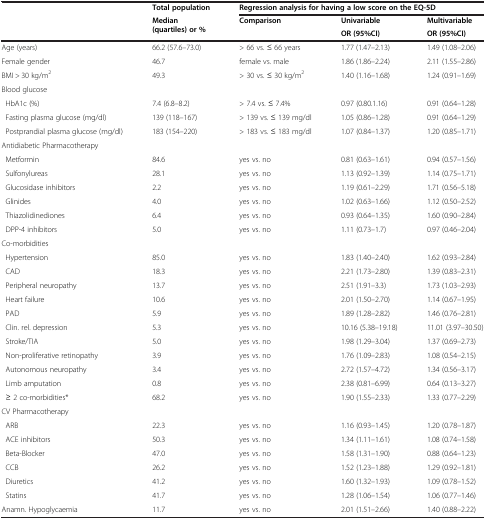
<table><thead><tr><td><b> </b></td><td><b>Total population</b></td><td colspan="3"><b>Regression analysis for having a low score on the EQ-5D</b></td></tr><tr><td><b> </b></td><td><b>Median (quartiles) or %</b></td><td><b>Comparison</b></td><td><b>Univariable</b></td><td><b>Multivariable</b></td></tr><tr><td><b> </b></td><td><b> </b></td><td><b> </b></td><td><b>OR (95%CI)</b></td><td><b>OR (95%CI)</b></td></tr></thead><tbody><tr><td>Age (years)</td><td>66.2 (57.6–73.0)</td><td>&gt; 66 vs. ≤ 66 years</td><td>1.77 (1.47–2.13)</td><td>1.49 (1.08–2.06)</td></tr><tr><td>Female gender</td><td>46.7</td><td>female vs. male</td><td>1.86 (1.86–2.24)</td><td>2.11 (1.55–2.86)</td></tr><tr><td>BMI &gt; 30 kg/m<sup>2</sup></td><td>49.3</td><td>&gt; 30 vs. ≤ 30 kg/m<sup>2</sup></td><td>1.40 (1.16–1.68)</td><td>1.24 (0.91–1.69)</td></tr><tr><td colspan="5">Blood glucose</td></tr><tr><td> HbA1c (%)</td><td>7.4 (6.8–8.2)</td><td>&gt; 7.4 vs. ≤ 7.4%</td><td>0.97 (0.80.1.16)</td><td>0.91 (0.64–1.28)</td></tr><tr><td> Fasting plasma glucose (mg/dl)</td><td>139 (118–167)</td><td>&gt; 139 vs. ≤ 139 mg/dl</td><td>1.05 (0.86–1.28)</td><td>0.91 (0.64–1.29)</td></tr><tr><td> Postprandial plasma glucose (mg/dl)</td><td>183 (154–220)</td><td>&gt; 183 vs. ≤ 183 mg/dl</td><td>1.07 (0.84–1.37)</td><td>1.20 (0.85–1.71)</td></tr><tr><td colspan="5">Antidiabetic Pharmacotherapy</td></tr><tr><td> Metformin</td><td>84.6</td><td>yes vs. no</td><td>0.81 (0.63–1.61)</td><td>0.94 (0.57–1.56)</td></tr><tr><td> Sulfonylureas</td><td>28.1</td><td>yes vs. no</td><td>1.13 (0.92–1.39)</td><td>1.14 (0.75–1.71)</td></tr><tr><td> Glucosidase inhibitors</td><td>2.2</td><td>yes vs. no</td><td>1.19 (0.61–2.29)</td><td>1.71 (0.56–5.18)</td></tr><tr><td> Glinides</td><td>4.0</td><td>yes vs. no</td><td>1.02 (0.63–1.66)</td><td>1.12 (0.50–2.52)</td></tr><tr><td> Thiazolidinediones</td><td>6.4</td><td>yes vs. no</td><td>0.93 (0.64–1.35)</td><td>1.60 (0.90–2.84)</td></tr><tr><td> DPP-4 inhibitors</td><td>5.0</td><td>yes vs. no</td><td>1.11 (0.73–1.7)</td><td>0.97 (0.46–2.04)</td></tr><tr><td colspan="5">Co-morbidities</td></tr><tr><td> Hypertension</td><td>85.0</td><td>yes vs. no</td><td>1.83 (1.40–2.40)</td><td>1.62 (0.93–2.84)</td></tr><tr><td> CAD</td><td>18.3</td><td>yes vs. no</td><td>2.21 (1.73–2.80)</td><td>1.39 (0.83–2.31)</td></tr><tr><td> Peripheral neuropathy</td><td>13.7</td><td>yes vs. no</td><td>2.51 (1.91–3.3)</td><td>1.73 (1.03–2.93)</td></tr><tr><td> Heart failure</td><td>10.6</td><td>yes vs. no</td><td>2.01 (1.50–2.70)</td><td>1.14 (0.67–1.95)</td></tr><tr><td> PAD</td><td>5.9</td><td>yes vs. no</td><td>1.89 (1.28–2.82)</td><td>1.46 (0.76–2.81)</td></tr><tr><td> Clin. rel. depression</td><td>5.3</td><td>yes vs. no</td><td>10.16 (5.38–19.18)</td><td>11.01 (3.97–30.50)</td></tr><tr><td> Stroke/TIA</td><td>5.0</td><td>yes vs. no</td><td>1.98 (1.29–3.04)</td><td>1.37 (0.69–2.73)</td></tr><tr><td> Non-proliferative retinopathy</td><td>3.9</td><td>yes vs. no</td><td>1.76 (1.09–2.83)</td><td>1.08 (0.54–2.15)</td></tr><tr><td> Autonomous neuropathy</td><td>3.4</td><td>yes vs. no</td><td>2.72 (1.57–4.72)</td><td>1.34 (0.56–3.17)</td></tr><tr><td> Limb amputation</td><td>0.8</td><td>yes vs. no</td><td>2.38 (0.81–6.99)</td><td>0.64 (0.13–3.27)</td></tr><tr><td> ≥ 2 co-morbidities*</td><td>68.2</td><td>yes vs. no</td><td>1.90 (1.55–2.33)</td><td>1.33 (0.77–2.29)</td></tr><tr><td colspan="5">CV Pharmacotherapy</td></tr><tr><td> ARB</td><td>22.3</td><td>yes vs. no</td><td>1.16 (0.93–1.45)</td><td>1.20 (0.78–1.87)</td></tr><tr><td> ACE inhibitors</td><td>50.3</td><td>yes vs. no</td><td>1.34 (1.11–1.61)</td><td>1.08 (0.74–1.58)</td></tr><tr><td> Beta-Blocker</td><td>47.0</td><td>yes vs. no</td><td>1.58 (1.31–1.90)</td><td>0.88 (0.64–1.23)</td></tr><tr><td> CCB</td><td>26.2</td><td>yes vs. no</td><td>1.52 (1.23–1.88)</td><td>1.29 (0.92–1.81)</td></tr><tr><td> Diuretics</td><td>41.2</td><td>yes vs. no</td><td>1.60 (1.32–1.93)</td><td>1.09 (0.78–1.52)</td></tr><tr><td> Statins</td><td>41.7</td><td>yes vs. no</td><td>1.28 (1.06–1.54)</td><td>1.06 (0.77–1.46)</td></tr><tr><td>Anamn. Hypoglycaemia</td><td>11.7</td><td>yes vs. no</td><td>2.01 (1.51–2.66)</td><td>1.40 (0.88–2.22)</td></tr></tbody></table>